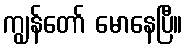
ကျွန်တော် မောနေပြီ။